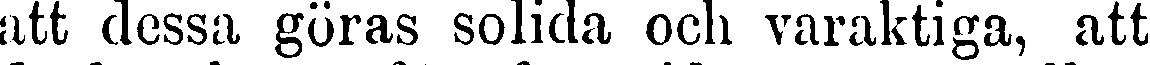
att dessa göras solida och varaktiga, att